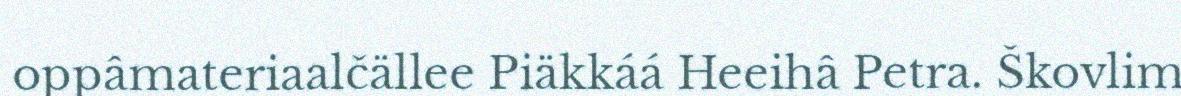
oppâmateriaalčällee Piäkkáá Heeihâ Petra. Škovlim